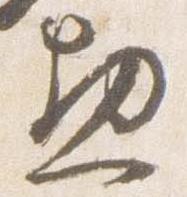
惣